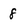
Character: 8